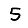
Digit: 5